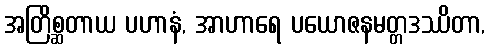
အတြိစ္ဆတာယ ပဟာနံ, အာဟာရေ ပယောဇနမတ္တဒဿိတာ,